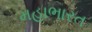
મહાભારત